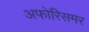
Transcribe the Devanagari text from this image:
अफोरिसमर